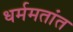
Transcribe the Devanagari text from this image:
धर्ममतांत